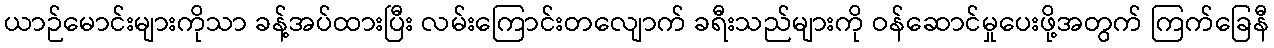
ယာဉ်မောင်းများကိုသာ ခန့်အပ်ထားပြီး လမ်းကြောင်းတလျောက် ခရီးသည်များကို ဝန်ဆောင်မှုပေးဖို့အတွက် ကြက်ခြေနီ